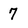
Character: 7